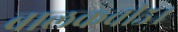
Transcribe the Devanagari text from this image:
बालकवी५४